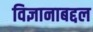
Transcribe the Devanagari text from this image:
विज्ञानाबद्दल